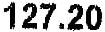
127.20